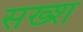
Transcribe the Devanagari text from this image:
सख्श